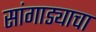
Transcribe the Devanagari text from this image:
सांगाड्याचा